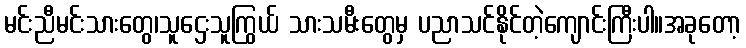
မင်းညီမင်းသားတွေ၊သူဌေးသူကြွယ် သားသမီးတွေမှ ပညာသင်နိုင်တဲ့ကျောင်းကြီးပါ။အခုတော့